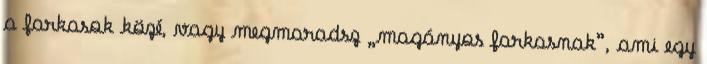
a farkasok közé, vagy megmaradsz „magányos farkasnak”, ami egy